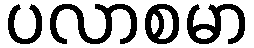
ပလာစမာ